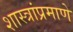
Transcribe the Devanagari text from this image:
शास्त्रांप्रमाणे